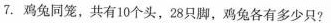
7.鸡兔同笼，共有10个头，28只脚，鸡兔各有多少只?